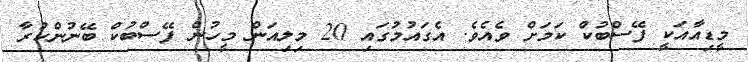
މީޑިއާއަކީ ފޭސްބުކް ކަމަށް ވެއެވެ. އެގައުމުގައި 20 މިލިއަން މީހުން ފޭސްބުކް ބޭނުންކުރާ